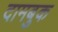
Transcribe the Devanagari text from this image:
दामबुक